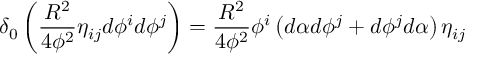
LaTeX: \delta _ { 0 } \left( \frac { R ^ { 2 } } { 4 \phi ^ { 2 } } \eta _ { i j } d \phi ^ { i } d \phi ^ { j } \right) = \frac { R ^ { 2 } } { 4 \phi ^ { 2 } } \phi ^ { i } \left( d \alpha d \phi ^ { j } + d \phi ^ { j } d \alpha \right) \eta _ { i j }